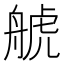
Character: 𦩕